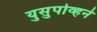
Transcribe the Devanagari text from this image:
युसुपोव्हने